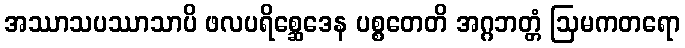
အဿာသပဿာသာပိ ဖလပရိစ္ဆေဒေန ပစ္စတေတိ အဂ္ဂဘတ္တံ ဩမကတရော